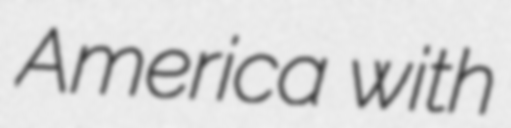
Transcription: America with